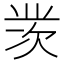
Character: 𱍞